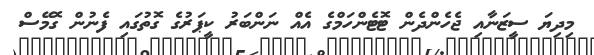
މިދިޔަ ސީޒަނާއި ޖެހެންދެން ޓޮޓެންހަމްގެ އެއް ނަންބަރު ކީޕަރުގެ ގޮތުގައި ފެނުން ގޮމޭސް